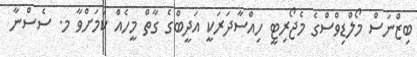
ބިޒްނަސް މޯލްޑިވްސްގެ މެޖޯރިޓީ ހިއްސާދަރަކީ އަދީބްގެ ގާތް މީހެއް ކަމަށްވާ މ. ސެސްނާ